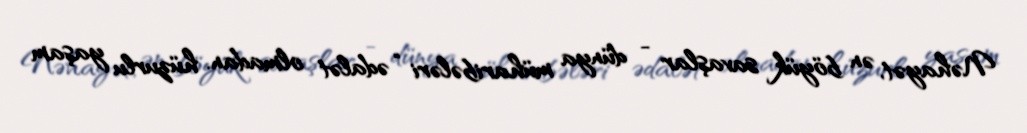
Nəhayət, ən böyük savaşlar - dünya müharibələri “ədalət olmadan, hüzurlu yaşam